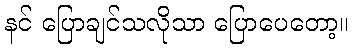
နင် ပြောချင်သလိုသာ ပြောပေတော့။